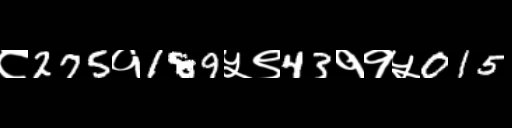
Text: ८275१189५९43११५015